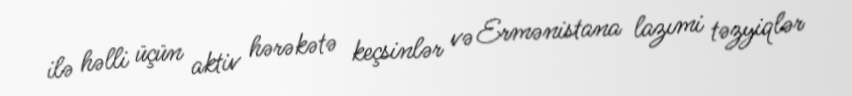
ilə həlli üçün aktiv hərəkətə keçsinlər və Ermənistana lazımi təzyiqlər